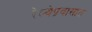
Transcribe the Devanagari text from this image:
रेल्वेप्रवासात